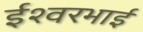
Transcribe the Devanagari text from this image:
ईश्वरभाई